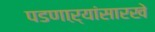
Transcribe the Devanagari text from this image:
पडणाऱ्यांसारखे